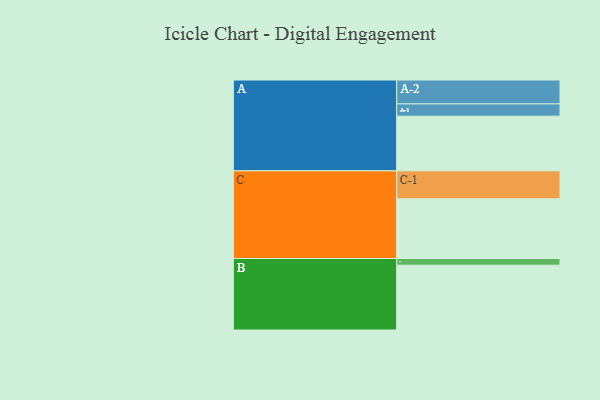
{"axis": {"x": "Segment", "y": "Value"}, "legend": ["", "A", "B", "C"], "data": [{"x": "A", "y": 494, "type": ""}, {"x": "B", "y": 586, "type": ""}, {"x": "C", "y": 539, "type": ""}, {"x": "A-1", "y": 111, "type": "A"}, {"x": "A-2", "y": 216, "type": "A"}, {"x": "B-1", "y": 60, "type": "B"}, {"x": "C-1", "y": 253, "type": "C"}]}